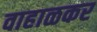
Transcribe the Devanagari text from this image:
वाहाळकर